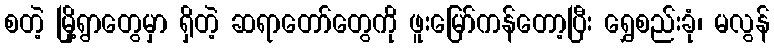
စတဲ့ မြို့ရွာတွေမှာ ရှိတဲ့ ဆရာတော်တွေကို ဖူးမြော်ကန်တော့ပြီး ရွှေစည်းခုံ၊ မလွန်